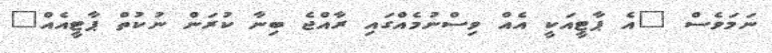
ނަމަވެސް "އެ ޕާޓީއަކީ އެއް ވިސްނުމެއްގައި ރާއްޖެ ބިނާ ކުރަން ނުކުތް ޕާޓީއެއް"